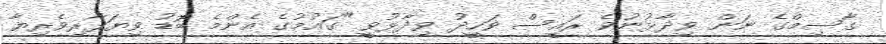
ގާސިމްގެ ނަން ވިދާޅުނުވެ ރައީސް ވަހީދު ވިދާޅުވީ "ގައުމުގެ އެންމެ ބޮޑު ވިޔަފާރިވެރިޔާ